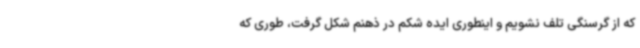
که از گرسنگی تلف نشویم و اینطوری ایده شکم در ذهنم شکل گرفت، طوری که